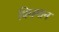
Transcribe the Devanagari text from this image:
विघमान